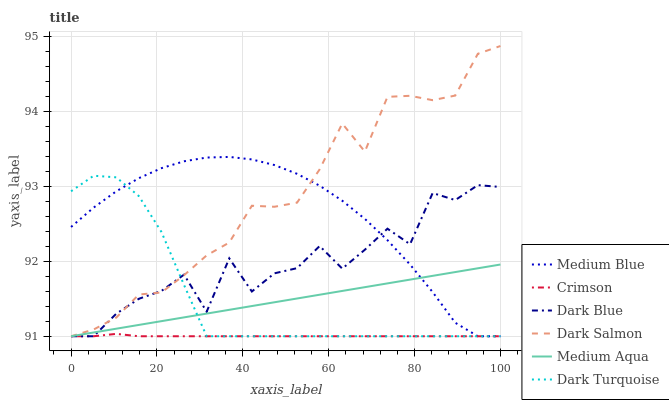
| xaxis_label | Medium Blue | Crimson | Dark Blue | Dark Salmon | Medium Aqua | Dark Turquoise |
 | --- | --- | --- | --- | --- | --- | --- |
 | 0 | 92.5 | 91 | 91 | 91 | 91 | 92.9 |
 | 5.26 | 92.7 | 91 | 91 | 91.1 | 91.1 | 93.1 |
 | 10.5 | 92.9 | 91 | 91.3 | 91.2 | 91.1 | 93.1 |
 | 15.8 | 93.1 | 91 | 91.5 | 91.6 | 91.2 | 92.9 |
 | 21.1 | 93.2 | 91 | 91.6 | 91.6 | 91.2 | 92.4 |
 | 26.3 | 93.3 | 91 | 91.8 | 91.8 | 91.3 | 91.7 |
 | 31.6 | 93.4 | 91 | 91.3 | 92.1 | 91.3 | 91 |
 | 36.8 | 93.4 | 91 | 92 | 92.2 | 91.4 | 91 |
 | 42.1 | 93.4 | 91 | 91.6 | 92.7 | 91.4 | 91 |
 | 47.4 | 93.3 | 91 | 91.8 | 92.7 | 91.5 | 91 |
 | 52.6 | 93.2 | 91 | 91.9 | 92.8 | 91.5 | 91 |
 | 57.9 | 93 | 91 | 92.2 | 93.2 | 91.6 | 91 |
 | 63.2 | 92.8 | 91 | 91.9 | 93.8 | 91.6 | 91 |
 | 68.4 | 92.6 | 91 | 92.2 | 93.5 | 91.7 | 91 |
 | 73.7 | 92.3 | 91 | 92.4 | 94.2 | 91.7 | 91 |
 | 78.9 | 92 | 91 | 92.2 | 94.2 | 91.8 | 91 |
 | 84.2 | 91.6 | 91 | 92.9 | 94.1 | 91.8 | 91 |
 | 89.5 | 91.2 | 91 | 92.8 | 94.2 | 91.9 | 91 |
 | 94.7 | 91 | 91 | 93 | 94.8 | 91.9 | 91 |
 | 100 | 91 | 91 | 93 | 94.9 | 92 | 91 |